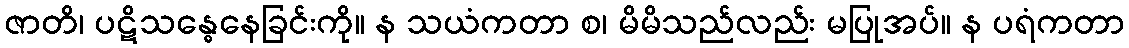
ဇာတိ၊ ပဋိသန္ဓေနေခြင်းကို။ န သယံကတာ စ၊ မိမိသည်လည်း မပြုအပ်။ န ပရံကတာ